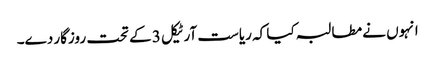
انہوں نے مطالبہ کیا کہ ریاست آرٹیکل 3 کے تحت روزگار دے۔